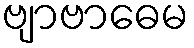
ဗျာဗာဓေမ